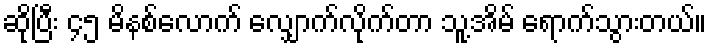
ဆိုပြီး ၄၅ မိနစ်လောက် လျှောက်လိုက်တာ သူ့အိမ် ရောက်သွားတယ်။